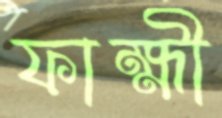
ফাহ্মী